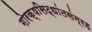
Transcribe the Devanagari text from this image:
गोरक्षसिद्धांतसंग्रह